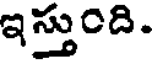
ఇస్తుంది.